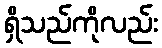
ရှိသည်ကိုလည်း